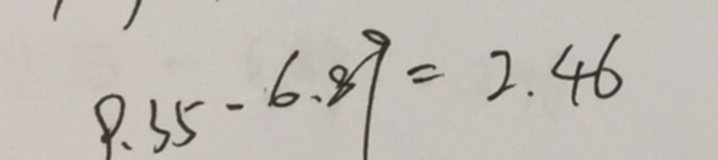
9 . 3 5 - 6 . 8 9 = 2 . 4 6